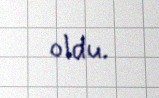
oldu.